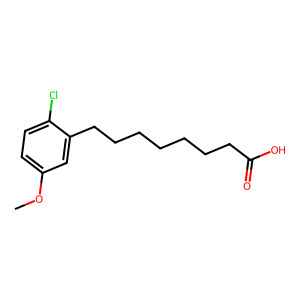
SMILES: COc1ccc(Cl)c(CCCCCCCC(=O)O)c1
Inhibits HIV replication: No